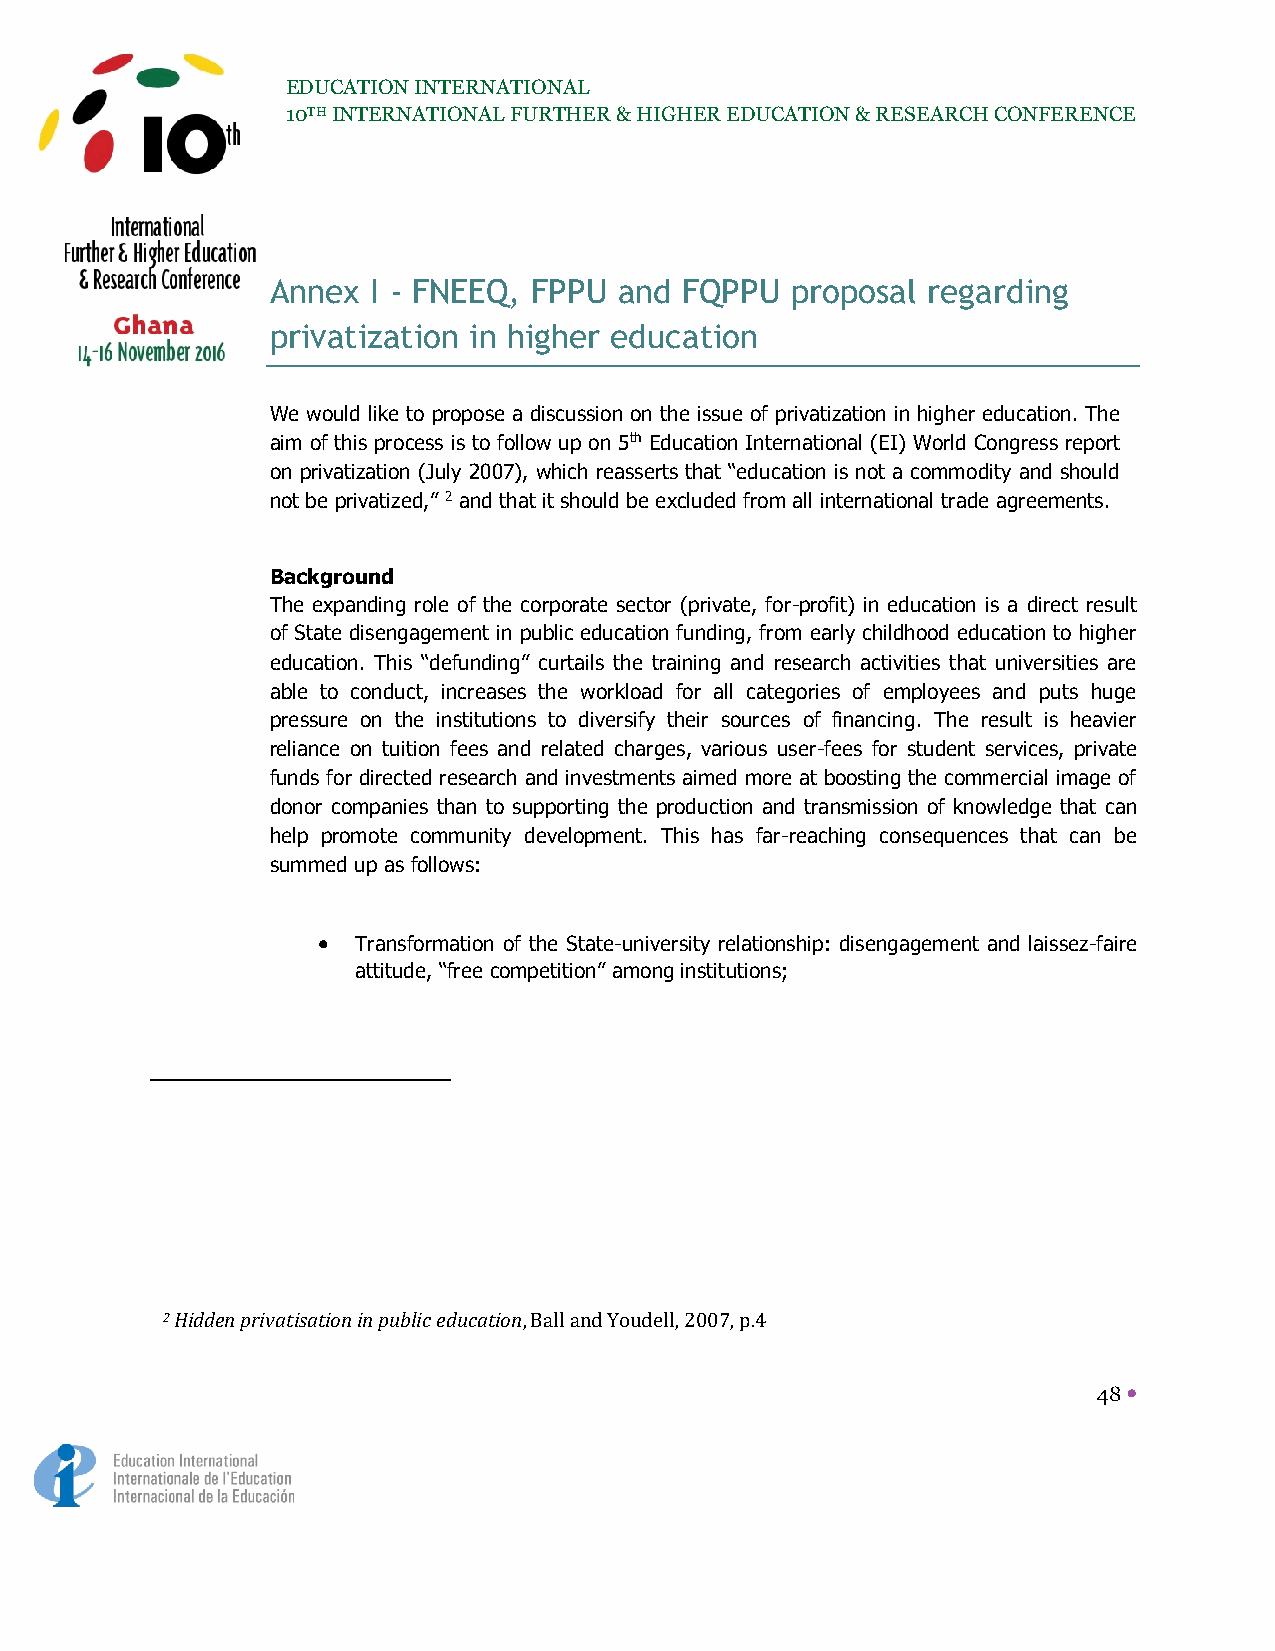
EDUCATION INTERNATIONAL
 10TH INTERNATIONAL FURTHER & HIGHER EDUCATION & RESEARCH CONFERENCE
 Annex  I - FNEEQ, FPPU and FQPPU  proposal regarding
 privatization in higher education
 We would like to propose a discussion on the issue of privatization in higher education. The
 aim of this process is to follow up on 5th Education International (EI) World Congress report
 on privatization (July 2007), which reasserts that “education is not a commodity and should
 not be privatized,” 2 and that it should be excluded from all international trade agreements.
 Background
 The expanding role of the corporate sector (private, for-profit) in education is a direct result
 of State disengagement in public education funding, from early childhood education to higher
 education. This “defunding” curtails the training and research activities that universities are
 able to conduct, increases the workload for all categories of employees and puts huge
 pressure on the institutions to diversify their sources of financing. The result is heavier
 reliance on tuition fees and related charges, various user-fees for student services, private
 funds for directed research and investments aimed more at boosting the commercial image of
 donor companies than to supporting the production and transmission of knowledge that can
 help promote community development. This has far-reaching consequences that can be
 summed up as follows:
   Transformation of the State-university relationship: disengagement and laissez-faire
 attitude, “free competition” among institutions;
 2 Hidden privatisation in public education, Ball and Youdell, 2007, p.4
 48 